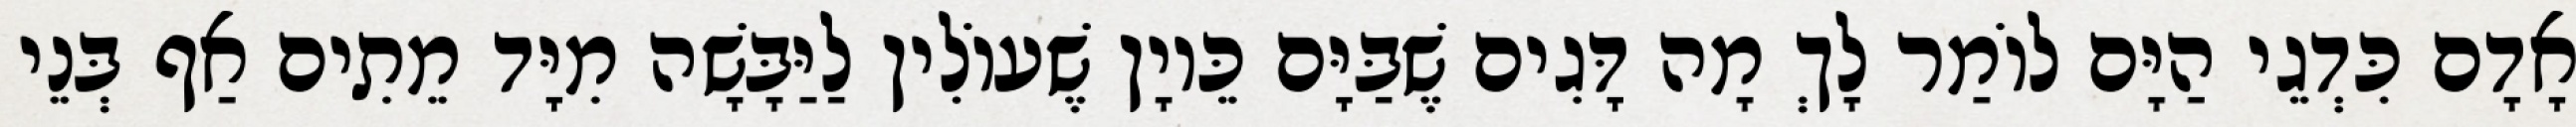
אָדָם כִּדְגֵי הַיָּם לוֹמַר לָךְ מָה דָּגִים שֶׁבַּיָּם כֵּיוָן שֶׁעוֹלִין לַיַּבָּשָׁה מִיָּד מֵתִים אַף בְּנֵי